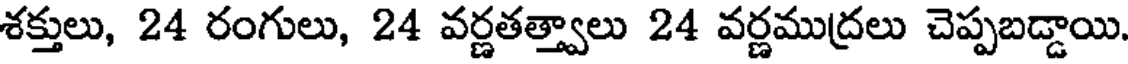
శక్తులు, 24 రంగులు, 24 వర్ణతత్త్వాలు 24 వర్ణముద్రలు చెప్పబడ్డాయి.